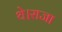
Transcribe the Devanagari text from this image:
थे।राजा